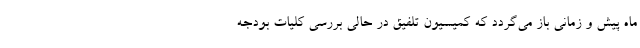
ماه پیش و زمانی باز می‌گردد که کمیسیون تلفیق در حالی بررسی کلیات بودجه